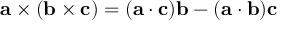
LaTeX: \mathbf { a } \times ( \mathbf { b } \times \mathbf { c } ) = ( \mathbf { a } \cdot \mathbf { c } ) \mathbf { b } - ( \mathbf { a } \cdot \mathbf { b } ) \mathbf { c }